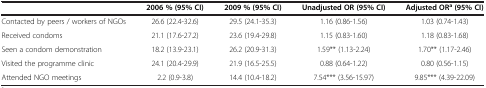
|  | 2006 % (95% CI) | 2009 % (95% CI) | Unadjusted OR (95% CI) | Adjusted ORa (95% CI) |
 | --- | --- | --- | --- | --- |
 | Contacted by peers / workers of NGOs | 26.6 (22.4-32.6) | 29.5 (24.1-35.3) | 1.16 (0.86-1.56) | 1.03 (0.74-1.43) |
 | Received condoms | 21.1 (17.6-27.2) | 23.6 (19.4-29.8) | 1.15 (0.83-1.60) | 1.18 (0.83-1.68) |
 | Seen a condom demonstration | 18.2 (13.9-23.1) | 26.2 (20.9-31.3) | 1.59** (1.13-2.24) | 1.70** (1.17-2.46) |
 | Visited the programme clinic | 24.1 (20.4-29.9) | 21.9 (16.5-25.5) | 0.88 (0.64-1.22) | 0.80 (0.56-1.15) |
 | Attended NGO meetings | 2.2 (0.9-3.8) | 14.4 (10.4-18.2) | 7.54*** (3.56-15.97) | 9.85*** (4.39-22.09) |